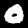
Digit: 0